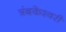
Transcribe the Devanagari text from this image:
त्रंबकेश्वरी